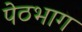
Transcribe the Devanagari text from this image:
पेठभाग